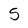
Character: 5